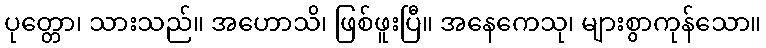
ပုတ္တော၊ သားသည်။ အဟောသိ၊ ဖြစ်ဖူးပြီ။ အနေကေသု၊ များစွာကုန်သော။